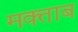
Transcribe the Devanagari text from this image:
मक्ताब